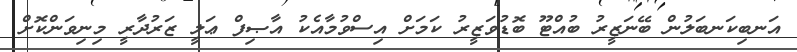
އަނބިކަނބަލުން ބޭނަޒީރު ބުއްޓޫ ބޮޑުވަޒީރު ކަމަށް އިސްވުމާއެކު އާޞިފް ޢަލީ ޒަރުދާރީ މިނިވަންކޮށް